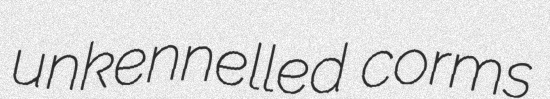
unkennelled corms